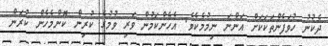
ދެކުނު ހުވަފެންތަކަކަށް އަންނަ ނިމުމެކެވެ. އެހެންކަމުން ވަރި ވުމުގެ ކުރިން ކޮންމެހެން ކުރަން